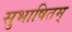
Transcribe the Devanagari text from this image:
सुभाषितम्